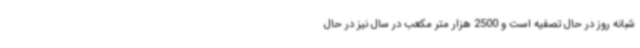
شبانه روز در حال تصفیه است و 2500 هزار متر مکعب در سال نیز در حال